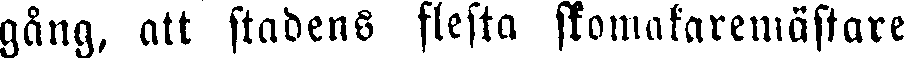
gång, att stadens flesta skomakaremästare